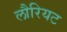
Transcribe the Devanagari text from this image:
लौरियट